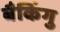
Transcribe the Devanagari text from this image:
बैकिंगु